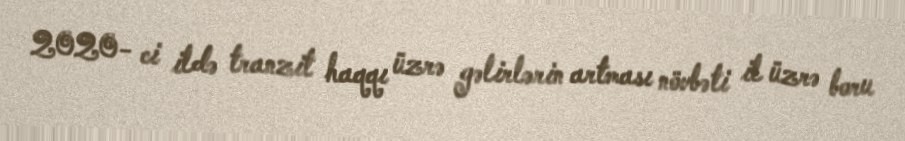
2020- ci ildə tranzit haqqı üzrə gəlirlərin artması növbəti il üzrə boru